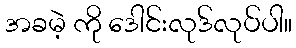
အခမဲ့ ကို ဒေါင်းလုဒ်လုပ်ပါ။